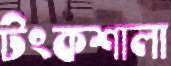
টংকশালা